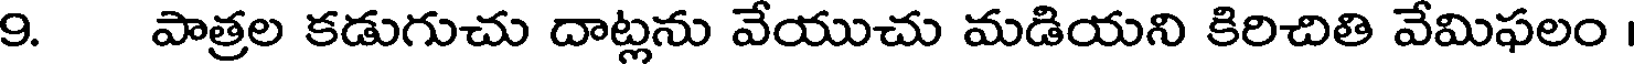
9. పాత్రల కడుగుచు దాట్లను వేయుచు మడియని కిరిచితి వేమిఫలం